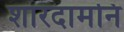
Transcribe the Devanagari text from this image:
शारदामनि